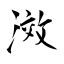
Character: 滧